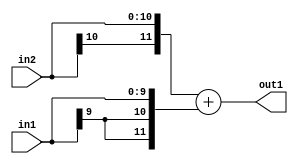
`timescale 1ps / 1ps
/*****************************************************************************
    Verilog RTL Description
    
    
    Created by: Stratus DpOpt 2019.1.01 
*******************************************************************************/

module SobelFilter_Add_11Sx10S_12S_4 (
	in2,
	in1,
	out1
	); /* architecture "behavioural" */ 
input [10:0] in2;
input [9:0] in1;
output [11:0] out1;
wire [11:0] asc001;

assign asc001 = 
	+({in2[10], in2})
	+({{2{in1[9]}}, in1});

assign out1 = asc001;
endmodule

/* CADENCE  ubPySgg= : u9/ySgnWtBlWxVPRXgAZ4Og= ** DO NOT EDIT THIS LINE ******/